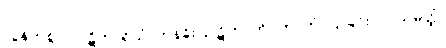
လွန်ကဲစွာ။ ပါဋိဟာရိယံ၊ တန်ခိုးပြာဋိဟာကို။ ကာတုံ၊ ပြုခြင်းငှာ။ သမတ္ထံ၊